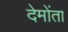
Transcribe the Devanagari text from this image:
देमोंता